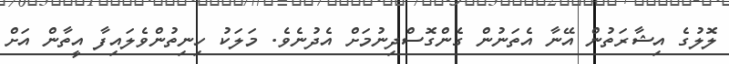
ލޮލުގެ އިޝާރަތުން އޭނާ އެތަނުން ގެންގޮސްދިނުމަށް އެދުނެވެ. މަލަކު ހިނިތުންވެލައިފާ އީތާން އަށް